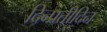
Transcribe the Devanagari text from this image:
दिन्प्रतीदिन